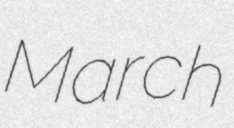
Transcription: March